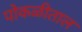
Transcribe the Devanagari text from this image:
पोकळीताल